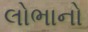
લોભાનો